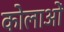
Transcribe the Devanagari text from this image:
कोलाओं